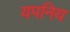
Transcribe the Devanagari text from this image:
यपनिय